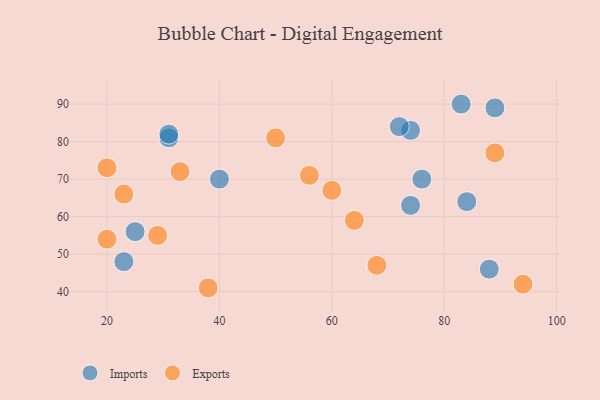
{"axis": {"x": "GDP", "y": "Life Expectancy"}, "legend": ["Exports", "Imports"], "data": [{"x": "23", "y": 48, "type": "Imports"}, {"x": "84", "y": 64, "type": "Imports"}, {"x": "31", "y": 81, "type": "Imports"}, {"x": "25", "y": 56, "type": "Imports"}, {"x": "74", "y": 83, "type": "Imports"}, {"x": "88", "y": 46, "type": "Imports"}, {"x": "83", "y": 90, "type": "Imports"}, {"x": "76", "y": 70, "type": "Imports"}, {"x": "72", "y": 84, "type": "Imports"}, {"x": "89", "y": 89, "type": "Imports"}, {"x": "40", "y": 70, "type": "Imports"}, {"x": "74", "y": 63, "type": "Imports"}, {"x": "31", "y": 82, "type": "Imports"}, {"x": "38", "y": 41, "type": "Exports"}, {"x": "60", "y": 67, "type": "Exports"}, {"x": "56", "y": 71, "type": "Exports"}, {"x": "29", "y": 55, "type": "Exports"}, {"x": "64", "y": 59, "type": "Exports"}, {"x": "20", "y": 54, "type": "Exports"}, {"x": "23", "y": 66, "type": "Exports"}, {"x": "20", "y": 73, "type": "Exports"}, {"x": "89", "y": 77, "type": "Exports"}, {"x": "50", "y": 81, "type": "Exports"}, {"x": "94", "y": 42, "type": "Exports"}, {"x": "33", "y": 72, "type": "Exports"}, {"x": "68", "y": 47, "type": "Exports"}]}